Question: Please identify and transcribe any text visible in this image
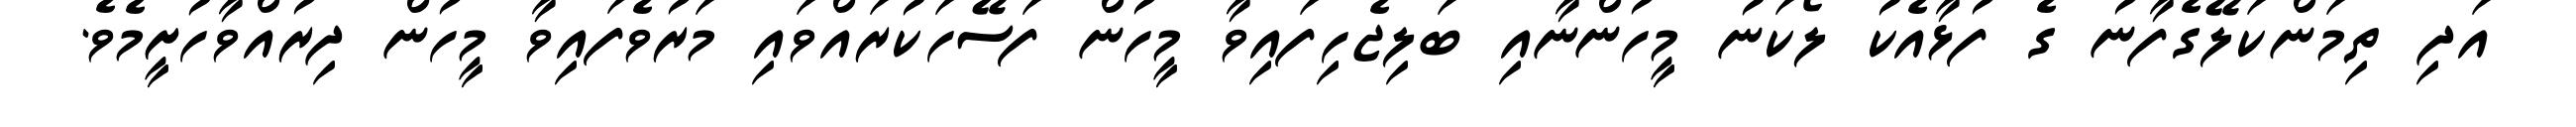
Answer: އަދި ތިމަންކަލޭގެފާނު ގެ ފުޅާއެކު ލޯކަނު މީހުންނާއި ބަލިޖެހިފައިވާ މީހުން ފަސޭހަކުރައްވައި މަރުވެފައިވާ މީހުން ދިރުއްވާހުށީމެވެ.